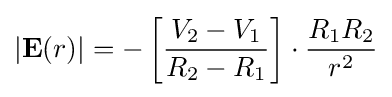
|\mathbf {E} (r)|=-\left[{\frac {V_{2}-V_{1}}{R_{2}-R_{1}}}\right]\cdot {\frac {R_{1}R_{2}}{r^{2}}}